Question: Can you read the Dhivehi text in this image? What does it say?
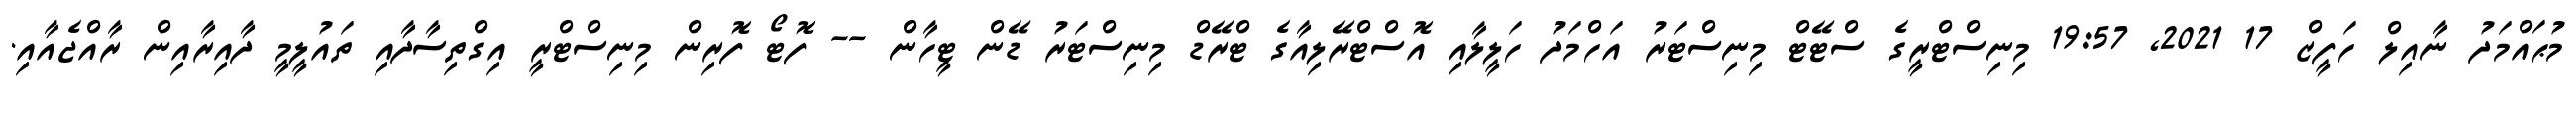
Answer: މުޙައްމަދު ނާއިލް ހަފީޒް 17 2021, 19:57 މިނިސްޓްރީގެ ސްޓޭޓް މިނިސްޓަރު އަހްމަދު ހަލީލާއި އޮސްޓްރޭލިއާގެ ޓްރޭޑް މިނިސްޓަރު ޑޭން ޓީހާން -- ފޮޓޯ ފޮރިން މިނިސްޓްރީ އިގްތިސާދާއި ތައުލީމީ ދާއިރާއިން ރާއްޖެއާއި.